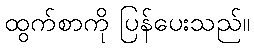
ထွက်စာကို ပြန်ပေးသည်။